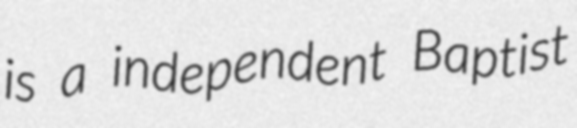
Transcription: is a independent Baptist